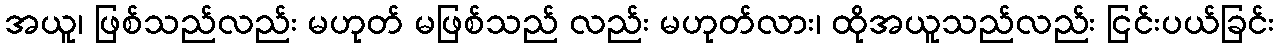
အယူ၊ ဖြစ်သည်လည်း မဟုတ် မဖြစ်သည် လည်း မဟုတ်လား၊ ထိုအယူသည်လည်း ငြင်းပယ်ခြင်း